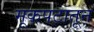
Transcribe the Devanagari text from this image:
मूकपटातून